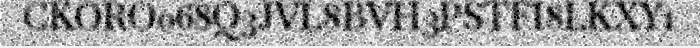
CKORO068Q3JVL8BVH3PSTFI8LKXY1